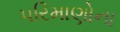
પરિમાણોના